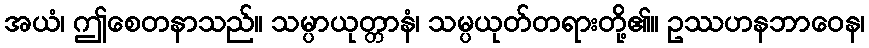
အယံ၊ ဤစေတနာသည်။ သမ္ပာယုတ္တာနံ၊ သမ္ပယုတ်တရားတို့၏။ ဥဿဟနဘာဝေန၊